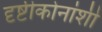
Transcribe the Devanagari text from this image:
दृष्टीकोनांशी